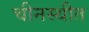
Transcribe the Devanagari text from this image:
चीनस्थीत